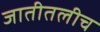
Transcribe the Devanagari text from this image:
जातीतलीच